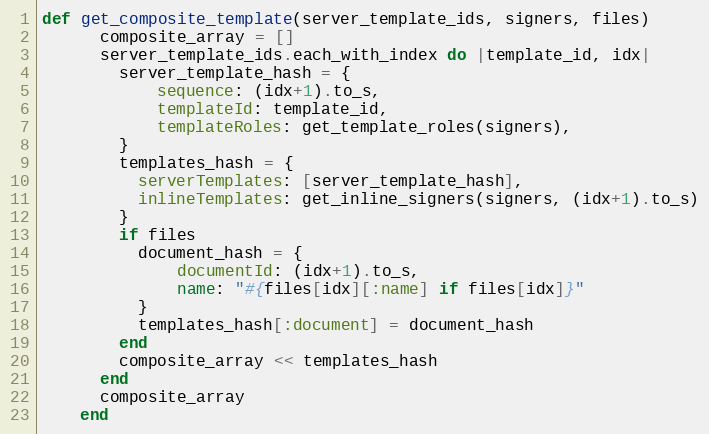
Language: Ruby
def get_composite_template(server_template_ids, signers, files)
      composite_array = []
      server_template_ids.each_with_index do |template_id, idx|
        server_template_hash = {
            sequence: (idx+1).to_s,
            templateId: template_id,
            templateRoles: get_template_roles(signers),
        }
        templates_hash = {
          serverTemplates: [server_template_hash],
          inlineTemplates: get_inline_signers(signers, (idx+1).to_s)
        }
        if files
          document_hash = {
              documentId: (idx+1).to_s,
              name: "#{files[idx][:name] if files[idx]}"
          }
          templates_hash[:document] = document_hash
        end
        composite_array << templates_hash
      end
      composite_array
    end